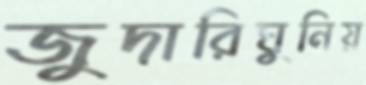
জুদারিঘুনিয়